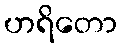
ဟရိတော